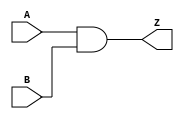
// Copyright (C) 2018  Intel Corporation. All rights reserved.
// Your use of Intel Corporation's design tools, logic functions 
// and other software and tools, and its AMPP partner logic 
// functions, and any output files from any of the foregoing 
// (including device programming or simulation files), and any 
// associated documentation or information are expressly subject 
// to the terms and conditions of the Intel Program License 
// Subscription Agreement, the Intel Quartus Prime License Agreement,
// the Intel FPGA IP License Agreement, or other applicable license
// agreement, including, without limitation, that your use is for
// the sole purpose of programming logic devices manufactured by
// Intel and sold by Intel or its authorized distributors.  Please
// refer to the applicable agreement for further details.

// PROGRAM		"Quartus Prime"
// VERSION		"Version 18.1.0 Build 625 09/12/2018 SJ Standard Edition"
// CREATED		"Mon May 18 15:25:53 2020"

module lab1step1(
	A,
	B,
	Z
);


input wire	A;
input wire	B;
output wire	Z;





assign	Z = A & B;


endmodule